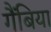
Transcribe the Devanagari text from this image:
गैंबिया